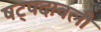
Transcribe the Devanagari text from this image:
षट्पदावली